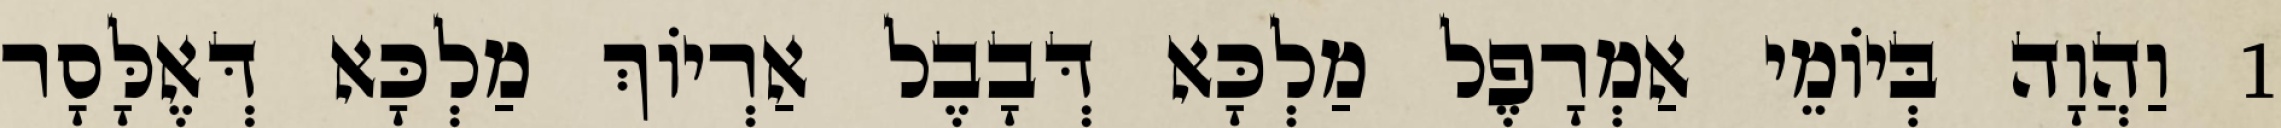
1 וַהֲוָה בְּיוֹמֵי אַמְרָפֶל מַלְכָּא דְּבָבֶל אַרְיוֹךְ מַלְכָּא דְּאֶלָּסָר